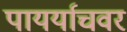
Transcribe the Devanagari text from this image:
पायर्याचवर